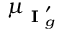
\mu _ { \textbf { I } _ { g } ^ { \prime } }